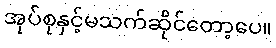
အုပ်စုနှင့်မသက်ဆိုင်တော့ပေ။